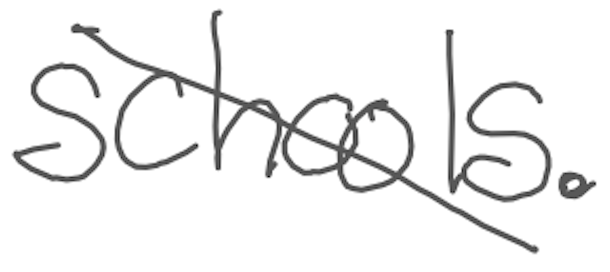
Text: Schools.
Cross-out: diagonal
Writing tool: digital_gray